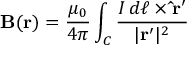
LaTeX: \mathbf { B } ( \mathbf { r } ) = { \frac { \mu _ { 0 } } { 4 \pi } } \int _ { C } { \frac { I \, d { \boldsymbol { \ell } } \times \mathbf { { \hat { r } } ^ { \prime } } } { | \mathbf { r ^ { \prime } } | ^ { 2 } } }